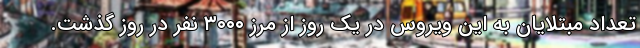
تعداد مبتلایان به این ویروس در یک روز از مرز ۳۰۰۰ نفر در روز گذشت.